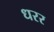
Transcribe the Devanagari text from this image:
धरर